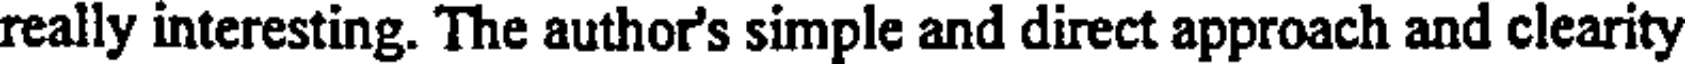
really interesting. The author's simple and direct approach and clearity